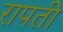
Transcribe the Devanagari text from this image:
रापती